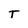
Character: T